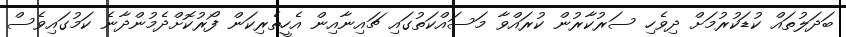
ބަދަލުތައް ކުޑަކުރުމަށް ދިވެހި ސަރުކާރުން ކުރައްވާ މަސައްކަތުގައި ޗައިނާއިން އެހީތެރިކަން ފޯރުކޮށްދެމުންދާނެ ކަމުގައިވެސް